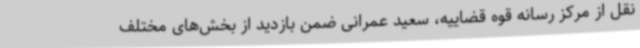
نقل از مرکز رسانه قوه قضاییه، سعید عمرانی ضمن بازدید از بخش‌های مختلف